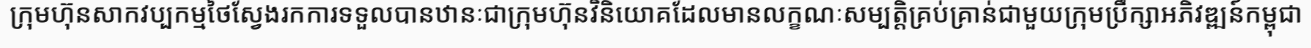
ក្រុមហ៊ុនសាកវប្បកម្មថៃស្វែងរកការទទួលបានឋានៈជាក្រុមហ៊ុនវិនិយោគដែលមានលក្ខណៈសម្បត្តិគ្រប់គ្រាន់ជាមួយក្រុមប្រឹក្សាអភិវឌ្ឍន៍កម្ពុជា